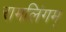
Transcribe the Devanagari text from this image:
रामलिंगम्